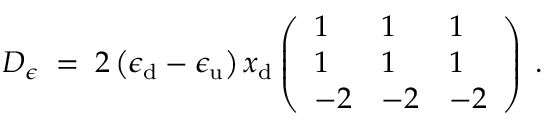
D _ { \epsilon } \; = \; 2 \left( \epsilon _ { \mathrm { d } } - \epsilon _ { \mathrm { u } } \right) x _ { \mathrm { d } } \left( \begin{array} { l l l } { { 1 } } & { { 1 } } & { { 1 } } \\ { { 1 } } & { { 1 } } & { { 1 } } \\ { { - 2 } } & { { - 2 } } & { { - 2 } } \end{array} \right) \; .